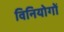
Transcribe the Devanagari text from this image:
विनियोगों